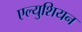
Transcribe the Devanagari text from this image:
एल्युशियन